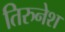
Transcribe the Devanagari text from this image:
तिरुनेश